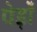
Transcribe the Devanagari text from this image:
पेड़ोँ